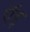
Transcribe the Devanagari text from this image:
ऍद्द